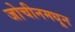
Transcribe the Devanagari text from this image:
जोचीनमधून